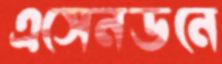
এসেনডনে